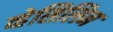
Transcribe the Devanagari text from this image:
व्हेसिलिन